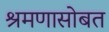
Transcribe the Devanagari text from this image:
श्रमणासोबत